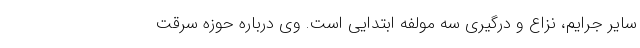
سایر جرایم، نزاع و درگیری سه مولفه ابتدایی است. وی درباره حوزه سرقت